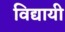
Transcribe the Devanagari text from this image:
विद्यायी